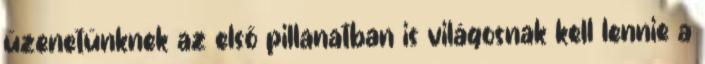
üzenetünknek az első pillanatban is világosnak kell lennie a